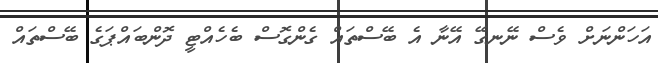
އަހަންނަށް ވެސް ނޭނގޭ އޭނާ އެ ބޭސްތައް ގެންގޮސް ބެހެއްޓީ ދޮންބައްޕަގެ ބޭސްތައް